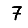
Digit: 7